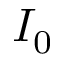
I _ { 0 }